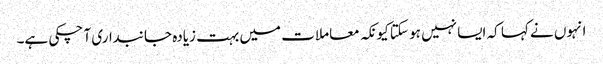
انہوں نے کہا کہ ایسا نہیں ہو سکتا کیونکہ معاملات میں بہت زیادہ جانبداری آ چکی ہے۔